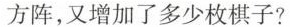
方阵，又增加了多少枚棋子?